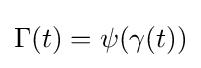
\Gamma (t)=\psi (\gamma (t))